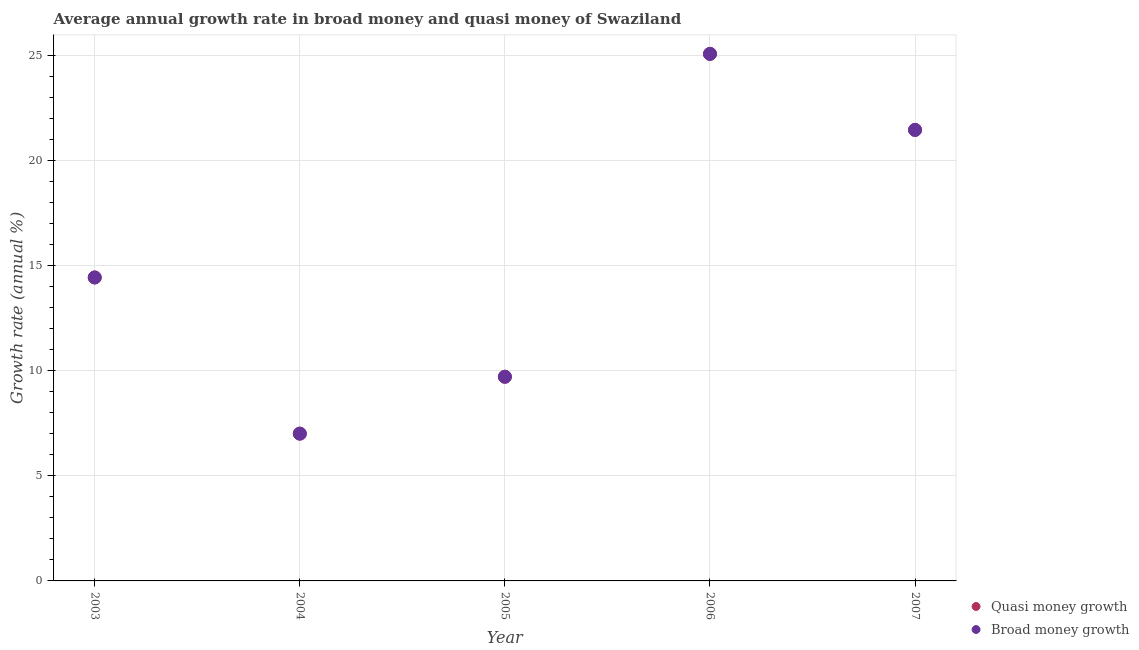
| Year | Quasi money growth | Broad money growth |
 | --- | --- | --- |
 | 2003 | 14.4 | 14.4 |
 | 2004 | 7.01 | 7.01 |
 | 2005 | 9.72 | 9.72 |
 | 2006 | 25.1 | 25.1 |
 | 2007 | 21.5 | 21.5 |